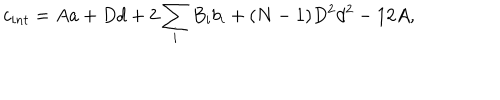
c _ { i n t } = A a + D d + 2 \sum _ { i } B _ { i } b _ { i } + ( N - 1 ) D ^ { 2 } d ^ { 2 } - 1 2 A ,